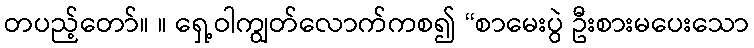
တပည့်တော်။ ။ ရှေ့ဝါကျွတ်လောက်ကစ၍ “စာမေးပွဲ ဦးစားမပေးသော